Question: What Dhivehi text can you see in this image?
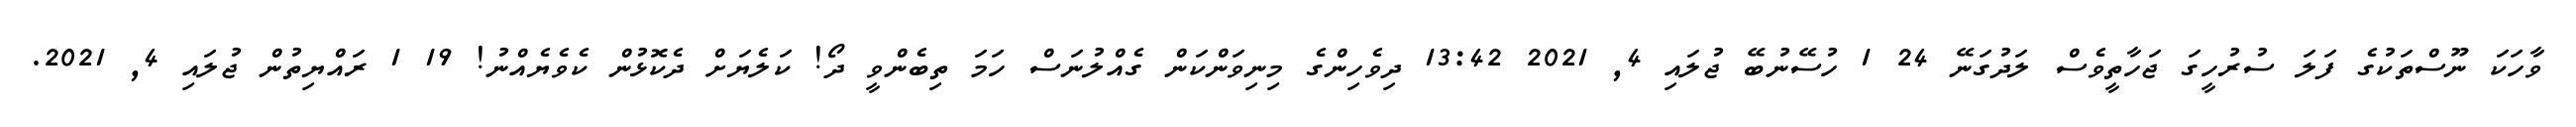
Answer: ވާހަކަ ނޫސްތަކުގެ ފަލަ ސުރުހީގަ ޖަހާތީވެސް ލަދުގަނޭ 24 1 ހުސޭނުބޭ ޖުލައި 4, 2021 13:42 ދިވެހިންގެ މިނިވަންކަން ގެއްލުނަސް ހަމަ ތިބެންވީ ދޯ! ކަލެޔަށް ދެކޮޅުން ކެވެޔެއްނު! 19 1 ރައްޔިތުން ޖުލައި 4, 2021.